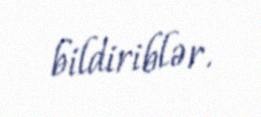
bildiriblər.